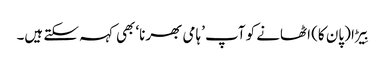
بِیڑا (پان کا) اٹھانے کو آپ ’ہامی بھرنا‘ بھی کہہ سکتے ہیں۔